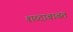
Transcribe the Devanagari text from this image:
शव्दाबाबत